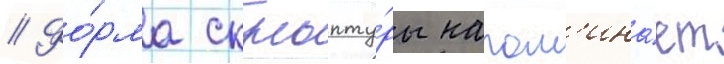
// Фо́рма скульпту́ры напом'ина́ет